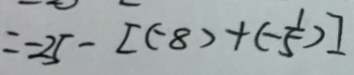
= - 2 5 - [ ( - 8 ) + ( - \frac { 1 } { 5 } ) ]